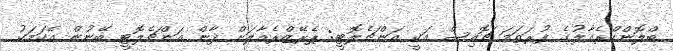
ބްލޮންކްރެއާލުގެ ފުރަތަމަ ޗޮއިސް އަކީ އަންޗެލޮޓީ: ޕެރޭޒްރެއާލަށް ދާން އަންޗެލޮޓީ ބޭނުން އެކަމަކު